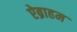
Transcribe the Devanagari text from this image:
ऐब्राहम